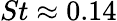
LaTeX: St\approx 0.14